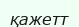
қажетт